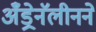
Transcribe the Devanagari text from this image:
अँड्रेनॅलीनने